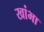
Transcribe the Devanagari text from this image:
खांभा